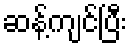
ဆန့်ကျင်ပြီး